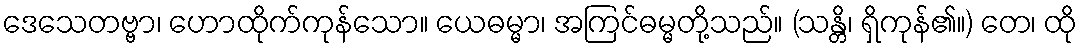
ဒေသေတဗ္ဗာ၊ ဟောထိုက်ကုန်သော။ ယေဓမ္မာ၊ အကြင်ဓမ္မတို့သည်။ (သန္တိ၊ ရှိကုန်၏။) တေ၊ ထို